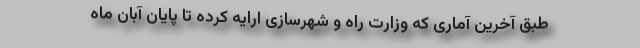
طبق آخرین آماری که وزارت راه و شهرسازی ارایه کرده تا پایان آبان ماه